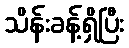
သိန်းခန့်ရှိပြီး